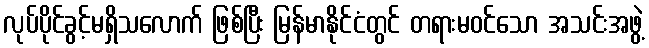
လုပ်ပိုင်ခွင့်မရှိသလောက် ဖြစ်ပြီး မြန်မာနိုင်ငံတွင် တရားမဝင်သော အသင်းအဖွဲ့